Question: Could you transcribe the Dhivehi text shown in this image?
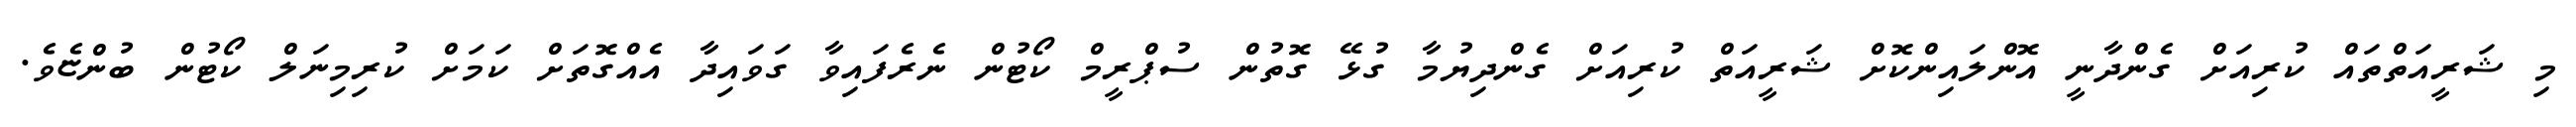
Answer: މި ޝަރީއަތްތައް ކުރިއަށް ގެންދާނީ އޮންލައިންކޮށް ޝަރީއަތް ކުރިއަށް ގެންދިޔުމާ ގުޅޭ ގޮތުން ސުޕްރީމް ކޯޓުން ނެރެފައިވާ ގަވައިދާ އެއްގޮތަށް ކަމަށް ކުރިމިނަލް ކޯޓުން ބުންޏެވެ.